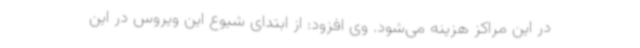
در این مراکز هزینه می‌شود. وی افزود: از ابتدای شیوع این ویروس در این